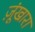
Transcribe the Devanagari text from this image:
ज़ूंखारा